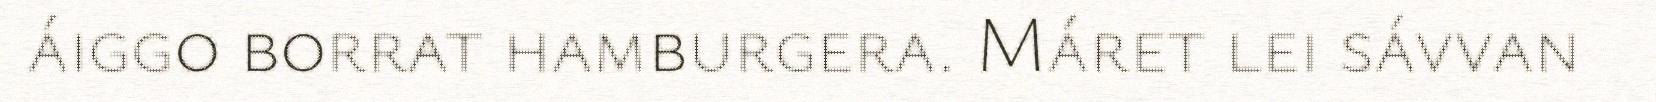
áiggo borrat hamburgera. Máret lei sávvan